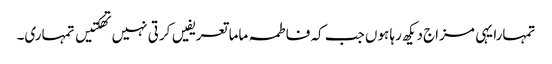
تمہارا یہی مزاج دیکھ رہا ہوں جب کہ فاطمہ ماما تعریفیں کرتی نہیں تھکتیں تمہاری۔